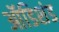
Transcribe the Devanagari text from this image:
ऑडिशंड